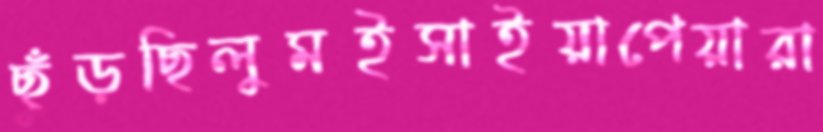
ছুঁড়ছিলুমইসাইয়াপেয়ারা